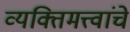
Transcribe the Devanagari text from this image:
व्यक्तिमत्त्वांचे